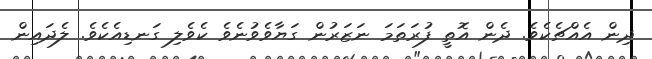
ދިން އެއްޗެކެވެ. ދެން އޮތީ ފުރަތަމަ ނަޒަރުން ގަޔާވެވުނެވެ ކެވެލި ގަނޑިއެކެވެ. ލެދައިން